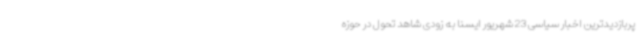
پربازدیدترین اخبار سیاسی 23 شهریور ایسنا به زودی شاهد تحول در حوزه